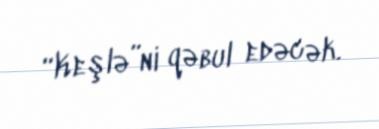
“Keşlə”ni qəbul edəcək.